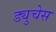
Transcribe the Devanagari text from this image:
ड्युचेस